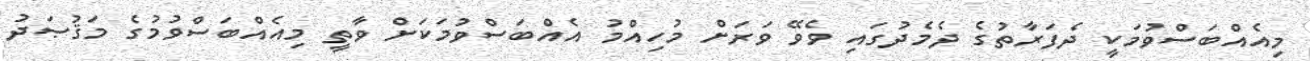
މިއެއްބަސްވުމަކީ ދެފަރާތުގެ ދެމެދުގައި ވެވޭ ވަރަށް މުހިއްމު އެއްބަސްވުމަކަށް ވާތީ މިއެއްބަސްވުމުގެ މަޤުޞަދު